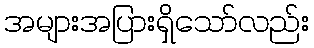
အများအပြားရှိသော်လည်း